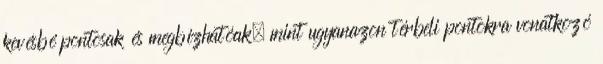
kevésbé pontosak és megbízhatóak, mint ugyanazon térbeli pontokra vonatkozó